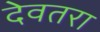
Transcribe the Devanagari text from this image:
देवतरा